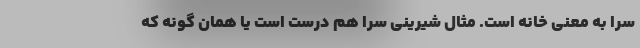
سَرا به معنی خانه است. مثال شیرینی سرا هم درست است یا همان گونه که